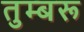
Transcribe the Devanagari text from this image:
तुम्बरू